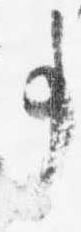
事